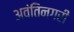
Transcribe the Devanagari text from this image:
अवंतिनगरी